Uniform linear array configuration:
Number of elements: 12
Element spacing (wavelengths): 0.25
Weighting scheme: hann
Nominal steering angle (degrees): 45
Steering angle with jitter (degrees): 44.048
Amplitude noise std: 0.05
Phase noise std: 0.05

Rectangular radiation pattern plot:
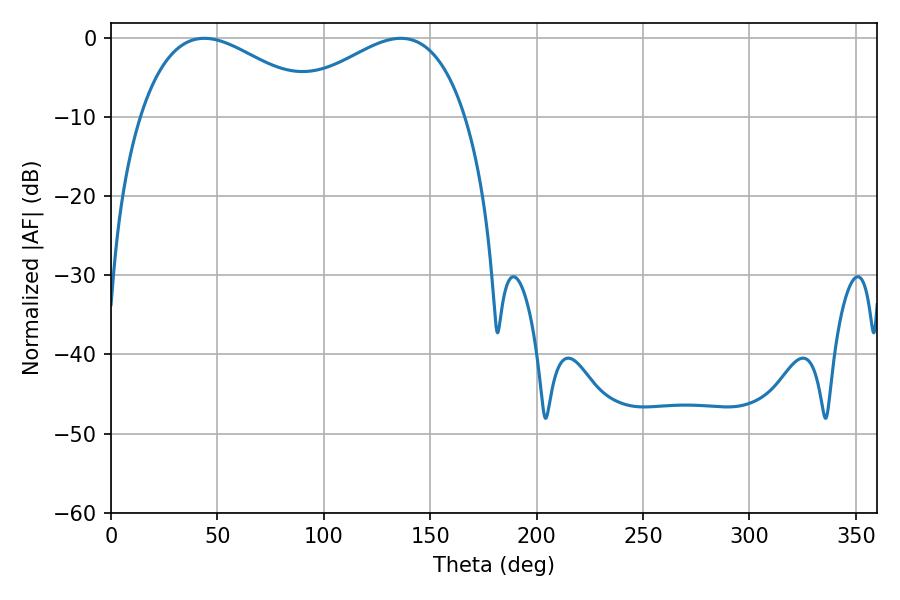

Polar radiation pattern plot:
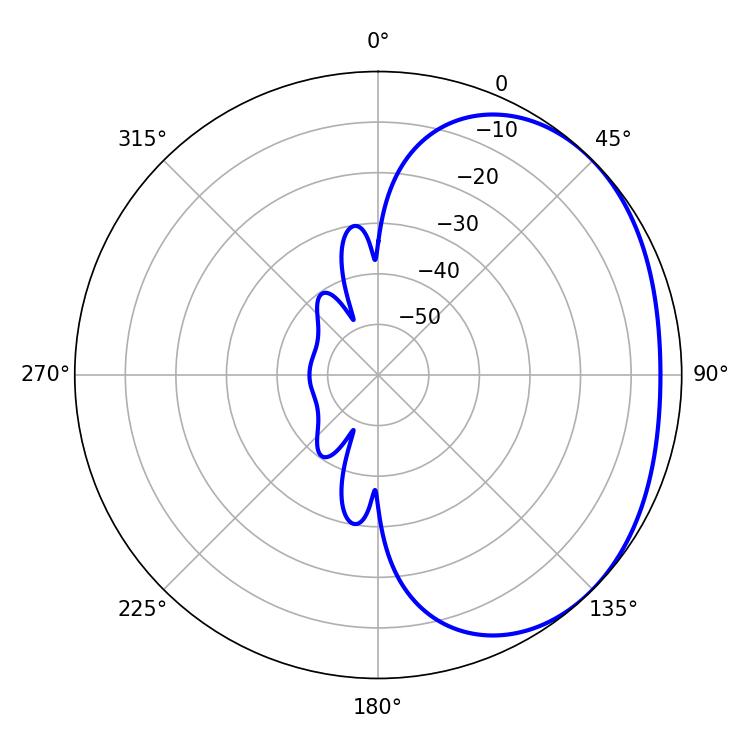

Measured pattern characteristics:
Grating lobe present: FALSE
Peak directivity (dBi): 2.074
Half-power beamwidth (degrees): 46.98
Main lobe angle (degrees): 43.92